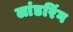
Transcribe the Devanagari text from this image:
लांडरिंग